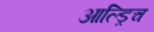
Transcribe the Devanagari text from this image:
आल्ड्रिच